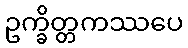
ဥက္ခိတ္တကဿပေ